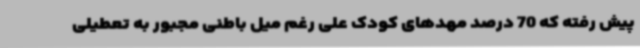
پیش رفته که 70 درصد مهدهای کودک علی رغم میل باطنی مجبور به تعطیلی